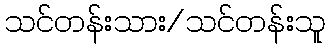
သင်တန်းသား/သင်တန်းသူ